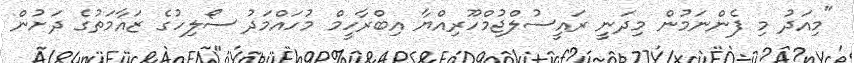
"މިއަދު މި ފެންނަމުން މިދަނީ ރައީސުލްޖުމްހޫރިއްޔާ އިބްރާހީމް މުހައްމަދު ސޯލިހުގެ ޒައާމަތުގެ ދަށުން